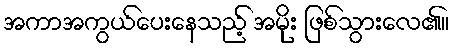
အကာအကွယ်ပေးနေသည့် အမိုး ဖြစ်သွားလေ၏။